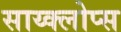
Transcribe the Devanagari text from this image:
साय्क्लोप्स